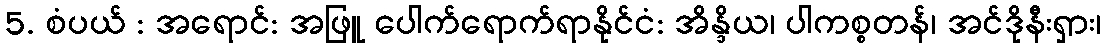
5. စံပယ် : အရောင်: အဖြူ ပေါက်ရောက်ရာနိုင်ငံ: အိန္ဒိယ၊ ပါကစ္စတန်၊ အင်ဒိုနီးရှား၊